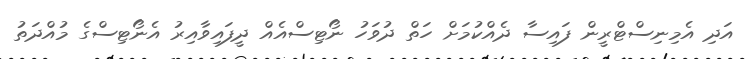
އަދި އެމިނިސްޓްރީން ފައިސާ ދެއްކުމަށް ހަތް ދުވަހު ނޯޓިސްއެއް ދީފައިވާއިރު އެނޯޓިސްގެ މުއްދަތު